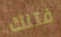
فتلك